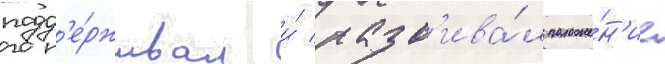
подд'е́рживал и́ разв'ива́л положе́н'ие